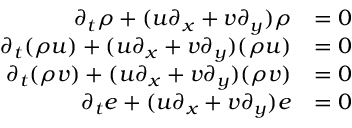
\begin{array} { r l } { \partial _ { t } \rho + ( u \partial _ { x } + v \partial _ { y } ) \rho } & { = 0 } \\ { \partial _ { t } ( \rho u ) + ( u \partial _ { x } + v \partial _ { y } ) ( \rho u ) } & { = 0 } \\ { \partial _ { t } ( \rho v ) + ( u \partial _ { x } + v \partial _ { y } ) ( \rho v ) } & { = 0 } \\ { \partial _ { t } e + ( u \partial _ { x } + v \partial _ { y } ) e } & { = 0 } \end{array}